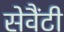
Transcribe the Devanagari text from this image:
सेवैंटी